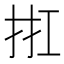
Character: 𢬀